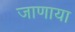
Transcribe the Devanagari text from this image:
जाणाया